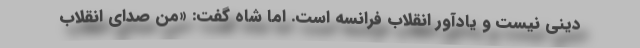
دینی نیست و یادآور انقلاب فرانسه است. اما شاه گفت: «من صدای انقلاب